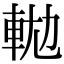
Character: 𨋛